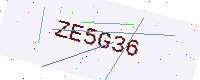
Text: ZE5G36